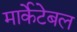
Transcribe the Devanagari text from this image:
मार्केटेबल